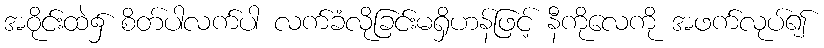
အဝိုင်းထဲ၌ စိတ်ပါလက်ပါ လက်ခံလိုခြင်းမရှိဟန်ဖြင့် နီကိုလေကို အဖက်လုပ်၍